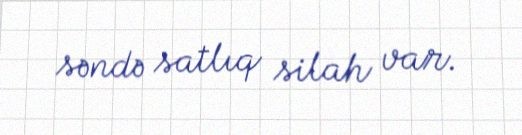
səndə satlıq silah var.